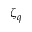
\zeta _ { q }